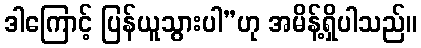
ဒါကြောင့် ပြန်ယူသွားပါ”ဟု အမိန့်ရှိပါသည်။